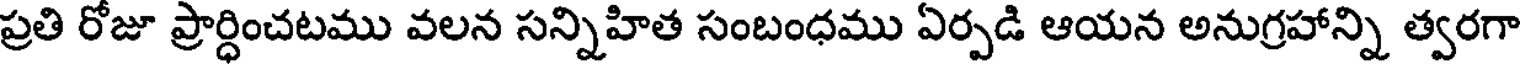
ప్రతి రోజూ ప్రార్ధించటము వలన సన్నిహిత సంబంధము ఏర్పడి ఆయన అనుగ్రహాన్ని త్వరగా